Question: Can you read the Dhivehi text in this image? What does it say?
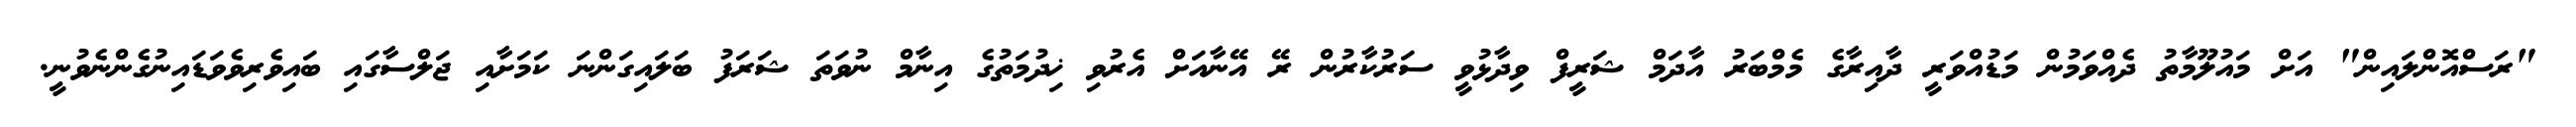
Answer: "ރަސްއޮންލައިން" އަށް މައުލޫމާތު ދެއްވަމުން މަޑުއްވަރީ ދާއިރާގެ މެމްބަރު އާދަމް ޝަރީފް ވިދާޅުވީ ސަރުކާރުން ރޭ އޭނާއަށް އެރުވި ޚިދުމަތުގެ އިނާމް ނުވަތަ ޝަރަފު ބަލައިގަންނަ ކަމަށާއި ޖަލްސާގައި ބައިވެރިވެވަޑައިނުގެންނެވުނީ.